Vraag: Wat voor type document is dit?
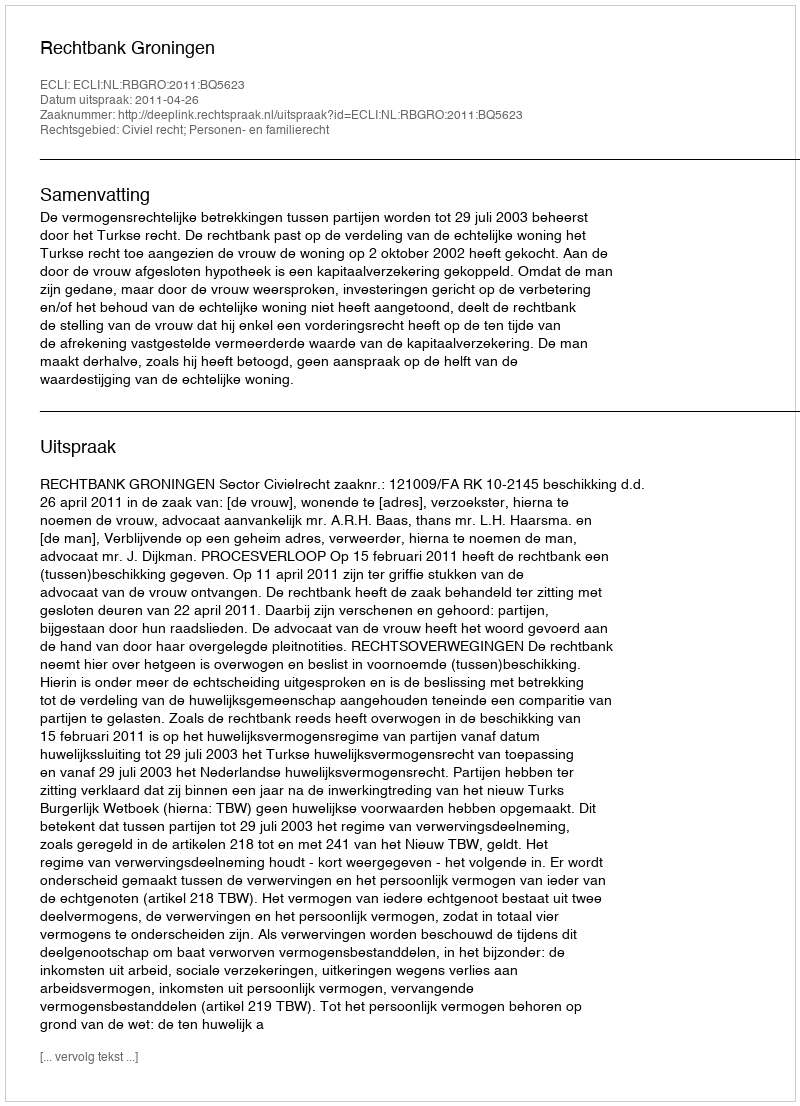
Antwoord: Uitspraak